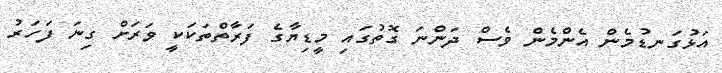
އަޅުގަނޑުމެން އެންމެން ވެސް ދަންނަ ގޮތުގައި މީޑިޔާގެ ފަރާތްތަކަކީ ވަރަށް ގިނަ ފަހަރު